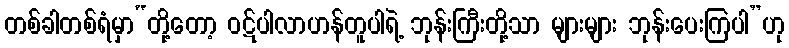
တစ်ခါတစ်ရံမှာ“တို့တော့ ဝဋ်ပါလာဟန်တူပါရဲ့ ဘုန်းကြီးတို့သာ များများ ဘုန်းပေးကြပါ”ဟု